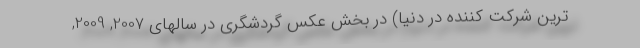
ترین شرکت کننده در دنیا) در بخش عکس گردشگری در سالهای 2007, 2009,